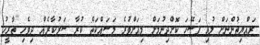
ރައްޔިތުންނަށް ލުއި ފަސޭހަ ކޮށްދިނުމަށް މިއަށްވުރެ މަސައްކަތް ކުރާ ސަރުކާރެއް ދިވެހި ތާރީހު